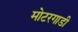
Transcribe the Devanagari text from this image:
मोटरगाडी